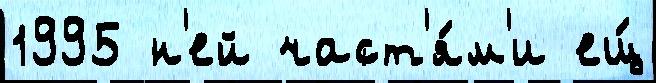
1995 н'ей част'я́м'и ещ́